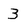
Character: 3